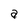
Character: a